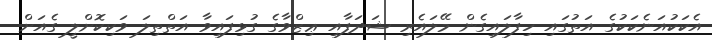
އެކަކުއަނެކަކުގެ އަތުގައި ހިފާލައިގެން މޭލައެރި ޝަދަފާއި ޢިޒްވާގެ ގުޅިފައިވާ އަތްތިލަ ވަކިކޮށްލީ ގެއަށް